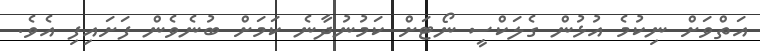
އަތްވަށް ނިކުމެ އުޅުން ގެލަކްސީ ނޯޓަށް ކަމުނުދާނެ ކަމަށް ބުނެވެން ފަށައިފި އެވެ.